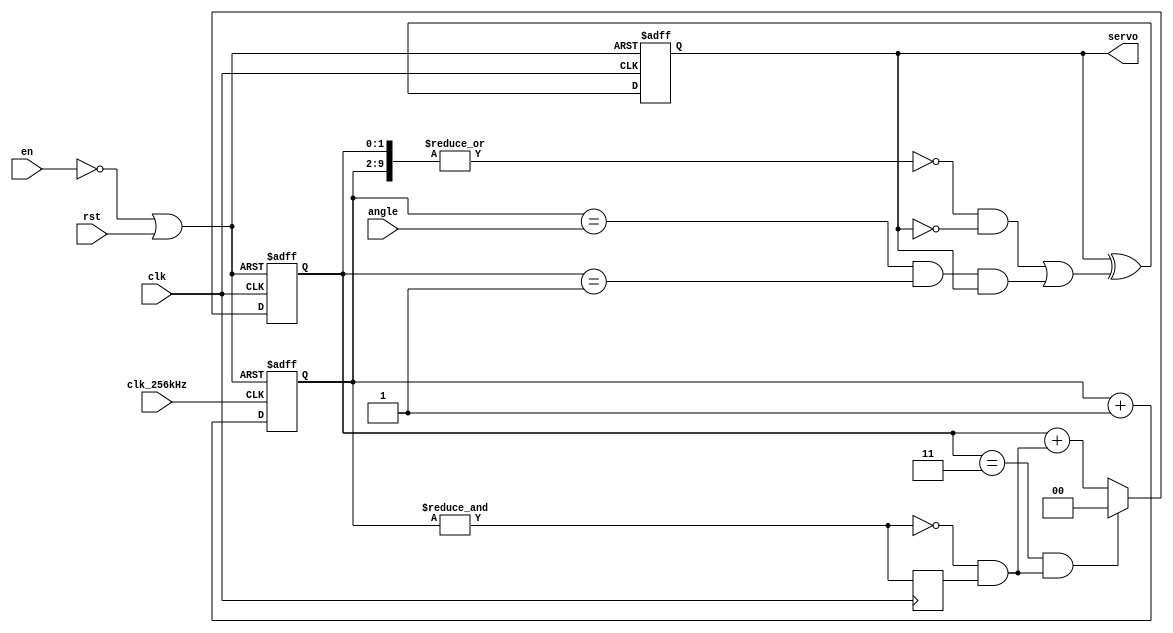
/* ------------------------------------------------ *
 * Title       : Pmod CON3 Interface v1             *
 * Project     : Pmod CON3 Interface                *
 * ------------------------------------------------ *
 * Last Edit   : 29/05/2021                         *
 * Licence     : CERN-OHL-W                         *
 * ------------------------------------------------ *
 * Description : Interface for CON3                 *
 * ------------------------------------------------ *
 * Revisions                                        *
 *     v1      : Inital version                     *
 * ------------------------------------------------ */

module con3#(
  parameter HIGH_CYCLE = 1,
  parameter LOW_CYCLE = 2
)(
  input clk,
  input rst,
  input clk_256kHz,
  input en,
  output reg servo,
  input [7:0] angle);

  localparam TOTAL_CYCLE = HIGH_CYCLE + LOW_CYCLE + 1;
  localparam LAST_CYCLE = HIGH_CYCLE + LOW_CYCLE;
  localparam CYCLE_C_WIDTH = $clog2(TOTAL_CYCLE);
  localparam CYCLE_C_ADD_S = CYCLE_C_WIDTH - 1;

  reg [CYCLE_C_ADD_S:0] cycle_num;
  reg [7:0] counter;
  wire servo_inv;
  reg count_max_reg, count_done_reg;
  wire count_max, count_done;
  wire module_rst;
  wire servo_change_cycle, servo_set, servo_clear;
  wire last_cycle;

  assign module_rst = ~en | rst; //disable also resets

  assign servo_change_cycle = (cycle_num == HIGH_CYCLE);

  assign count_done = ~count_max & count_max_reg;
  assign count_max = &counter;
  assign servo_inv = servo_set | servo_clear;
  assign servo_clear = (counter == angle) & servo_change_cycle & servo;
  assign servo_set = ~|{cycle_num,counter} & ~servo;
  assign last_cycle = (cycle_num == LAST_CYCLE);

  //Servo control with regisrers
  always@(posedge clk or posedge module_rst) begin
    if(module_rst) begin
      servo <= 1'b0;
    end else begin
      servo <= servo ^ servo_inv;
    end
  end

  //Count angle steps
  always@(posedge clk_256kHz or posedge module_rst) begin
    if(module_rst) begin
      counter <= 8'hFF;
    end else begin
      counter <= counter + 8'h1;
    end
  end

  //ON-Controlled-Off cycles
  always@(posedge clk or posedge module_rst) begin
    if(module_rst) begin
      cycle_num <= {CYCLE_C_WIDTH{1'b1}};
    end else begin
      cycle_num <= (last_cycle & count_done) ? {CYCLE_C_WIDTH{1'b0}}  : (cycle_num + {{(CYCLE_C_WIDTH-1){1'b0}}, count_done});
    end
  end

  //Delayed signals
  always@(posedge clk) begin
    count_max_reg <= count_max;
    count_done_reg <= count_done;
  end
endmodule

module con3_clk_gen#(
    parameter CLK_PERIOD = 10
  )(
    input clk,
    input rst,
    output reg clk_256kHz);
    localparam COUNTER_LIMIT = (3_910 / CLK_PERIOD) / 2;
    localparam COUNTER_SIZE = $clog2(COUNTER_LIMIT);
    reg [(COUNTER_SIZE-1):0] counter;
    wire count_done;

    assign count_done = (counter == COUNTER_LIMIT);

    always@(posedge clk or posedge rst) begin
      if(rst) begin
        clk_256kHz <= 1'b0;
      end else begin
        clk_256kHz <= clk_256kHz ^ count_done;
      end
    end

    always@(posedge clk or posedge rst) begin
      if(rst) begin
        counter <= {COUNTER_SIZE{1'b0}};
      end else begin
        counter <= (count_done) ? {COUNTER_SIZE{1'b0}} : (counter + {{(COUNTER_SIZE-1){1'b0}},1'b1});
      end
    end
endmodule